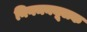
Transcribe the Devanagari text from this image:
निगमनमूलक